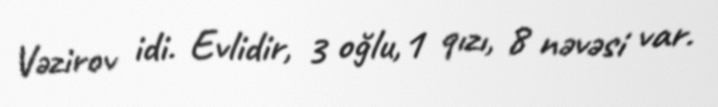
Vəzirov idi. Evlidir, 3 oğlu,1 qızı, 8 nəvəsi var.